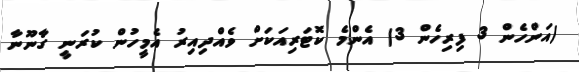
(އަންހެން 3 ފިރިހެން 3) އެންމެ ކޮޓަރިއަކަށް ވެއްދިއިރު އެމީހުން ކުރަނީ ގާނޫނާ